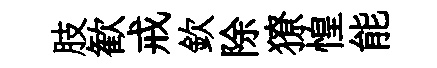
肢歓戒欽除獠惶能